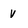
Character: v